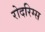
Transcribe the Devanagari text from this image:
रोदरिग्स